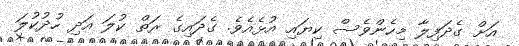
އަށް ގެދަފިލާ މިހެންވެސް ކިޔައި އުޅެއެވެ. ގެދައިގެ ރަތް ކުލަ އަދި ހުދުކުލަ